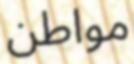
مواطن